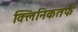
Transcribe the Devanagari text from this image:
क्‍लिनिकतर्फे